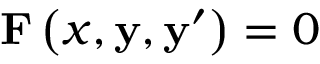
\mathbf { F } \left( x , \mathbf { y } , \mathbf { y } ^ { \prime } \right) = { \boldsymbol { 0 } }